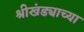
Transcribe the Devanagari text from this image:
श्रीखंड्याच्या